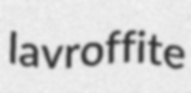
lavroffite